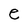
Character: e